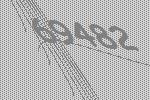
69482